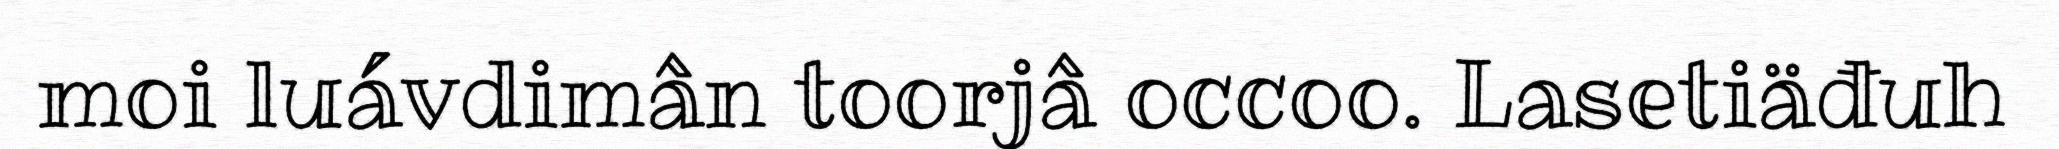
moi luávdimân toorjâ occoo. Lasetiäđuh